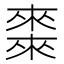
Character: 𠐇